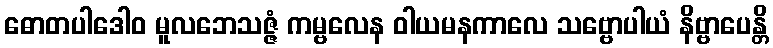
ဓောတပါဒေါဝ မူလဘေသဇ္ဇံ ကမ္ဗလေန ဝါယမနကာလေ သဗ္ဗောပါယံ နိဗ္ဗာပေန္တိ